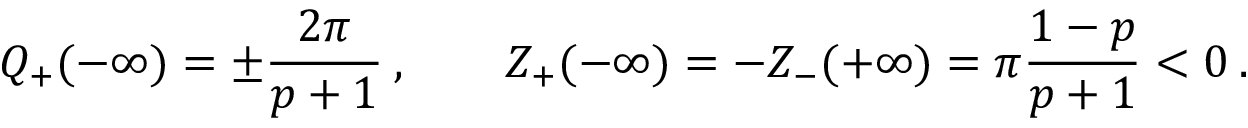
\displaystyle { \cal Q } _ { + } ( - \infty ) = \pm \frac { 2 \pi } { p + 1 } \: , \qquad Z _ { + } ( - \infty ) = - Z _ { - } ( + \infty ) = \pi \frac { 1 - p } { p + 1 } < 0 \: .